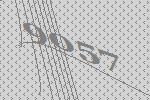
9057